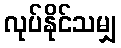
လုပ်နိုင်သမျှ